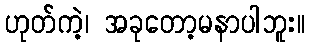
ဟုတ်ကဲ့၊ အခုတော့မနာပါဘူး။